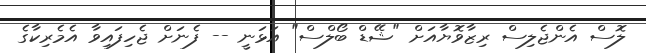
ލޮސް އެންޖެލިސް ރިޒާވޮޔާއަށް "ޝޭޑް ބޯލްސް" އަޅަނީ -- ފެނަށް ޖެހިފައިވާ އެމެރިކާގެ